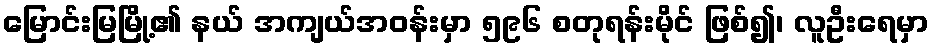
မြောင်းမြမြို့၏ နယ် အကျယ်အဝန်းမှာ ၅၉၆ စတုရန်းမိုင် ဖြစ်၍၊ လူဦးရေမှာ